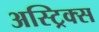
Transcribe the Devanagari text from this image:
अस्ट्रिक्स